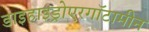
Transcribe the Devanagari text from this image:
डाइहाइड्रोएरगॉटामीन